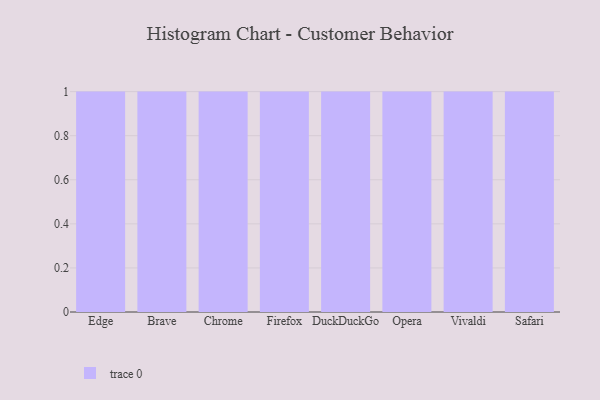
{"axis": {"x": "Browser", "y": "Inventory Turnover"}, "legend": [""], "data": [{"x": "Edge", "y": 42, "type": ""}, {"x": "Brave", "y": 9, "type": ""}, {"x": "Chrome", "y": 72, "type": ""}, {"x": "Firefox", "y": 4, "type": ""}, {"x": "DuckDuckGo", "y": 73, "type": ""}, {"x": "Opera", "y": 68, "type": ""}, {"x": "Vivaldi", "y": 30, "type": ""}, {"x": "Safari", "y": 54, "type": ""}]}